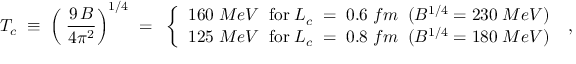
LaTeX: T _ { c } \; \equiv \; \left( \; \frac { 9 \, B } { 4 \pi ^ { 2 } } \right) ^ { 1 / 4 } \; = \; \; \left\{ \begin{array} { c } { { 1 6 0 \; M e V \; \; \mathrm { f o r } \; L _ { c } \; = \; 0 . 6 \; f m \; \; ( B ^ { 1 / 4 } = 2 3 0 \; M e V ) } } \\ { { 1 2 5 \; M e V \; \; \mathrm { f o r } \; L _ { c } \; = \; 0 . 8 \; f m \; \; ( B ^ { 1 / 4 } = 1 8 0 \; M e V ) } } \end{array} \right. \; ,